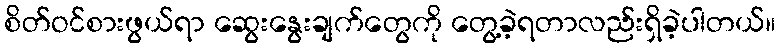
စိတ်ဝင်စားဖွယ်ရာ ဆွေးနွေးချက်တွေကို တွေ့ခဲ့ရတာလည်းရှိခဲ့ပါတယ်။